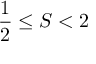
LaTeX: { \frac { 1 } { 2 } } \leq S < 2